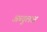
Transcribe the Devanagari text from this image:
अब्दुलअ